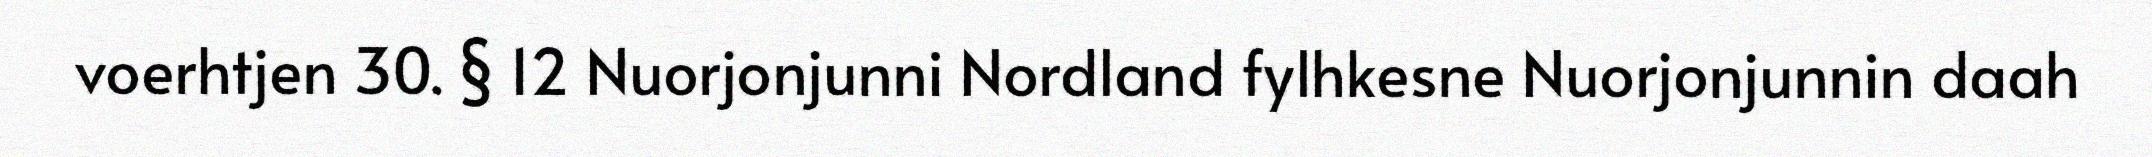
voerhtjen 30. § 12 Nuorjonjunni Nordland fylhkesne Nuorjonjunnin daah